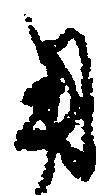
用